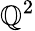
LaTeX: \mathbb{Q}^{2}